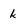
Character: k